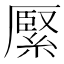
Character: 𦃢